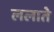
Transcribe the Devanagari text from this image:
ललाते